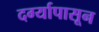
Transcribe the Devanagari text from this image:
दर्ग्यापासून